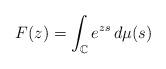
LaTeX: \begin{gather*}F(z)= \int_{\mathbb{C}} e^{zs} \,d \mu(s)\end{gather*}